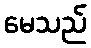
မေသည်